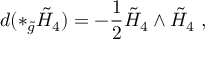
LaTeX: d ( \ast _ { \tilde { g } } \tilde { H } _ { 4 } ) = - \frac { 1 } { 2 } \tilde { H } _ { 4 } \wedge \tilde { H } _ { 4 } \ ,